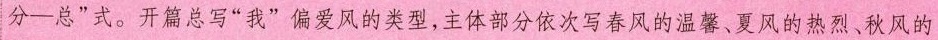
分—总”式。开算总写“我”偏爱风的类型，主体部分依次写春风的温馨，夏风的热烈、秋风的